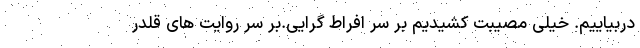
دربیاییم. خیلی مصیبت کشیدیم بر سر افراط گرایی.بر سر روایت های قلدر